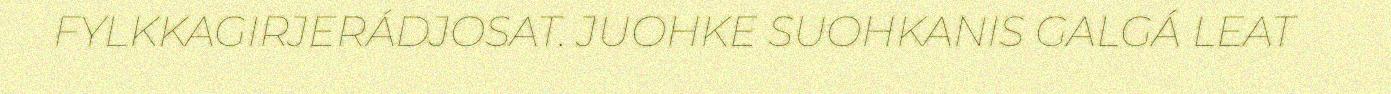
FYLKKAGIRJERÁDJOSAT. JUOHKE SUOHKANIS GALGÁ LEAT